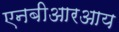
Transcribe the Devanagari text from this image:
एनबीआरआय